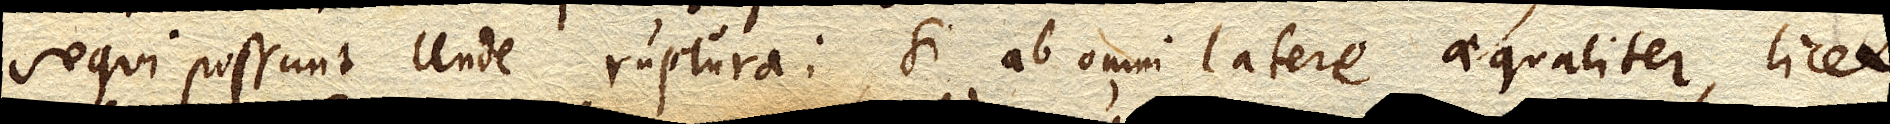
sequi possunt unde ruptura: si ab omni latere aequaliter, licet